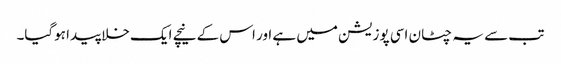
تب سے یہ چٹان اسی پوزیشن میں ہے اور اس کے نیچے ایک خلا پیدا ہوگیا۔